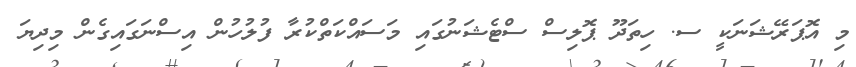
މި އޮޕަރޭޝަނަކީ ސ. ހިތަދޫ ޕޮލިސް ސްޓެޝަނުގައި މަސައްކަތްކުރާ ފުލުހުން އިސްނަގައިގެން މިދިޔަ